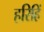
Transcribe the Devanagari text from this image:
हरिहिं